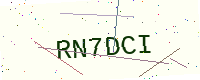
Text: RN7DCI